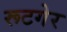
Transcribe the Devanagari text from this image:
रूटगेर